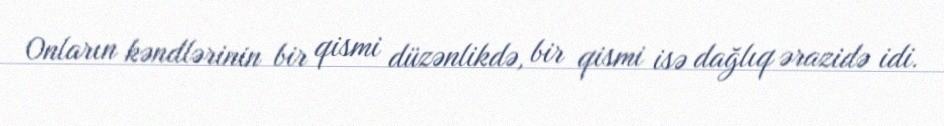
Onların kəndlərinin bir qismi düzənlikdə, bir qismi isə dağlıq ərazidə idi.